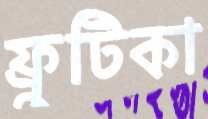
ফ্রুটিকা